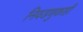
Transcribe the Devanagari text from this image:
निवडणुकाही